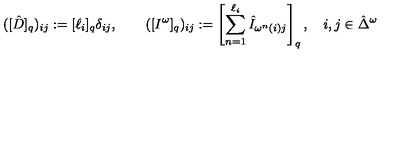
( [ \hat { D } ] _ { q } ) _ { i j } : = [ \ell _ { i } ] _ { q } \delta _ { i j } , \quad \quad ( [ I ^ { \omega } ] _ { q } ) _ { i j } : = \left[ \sum _ { n = 1 } ^ { \ell _ { i } } \hat { I } _ { \omega ^ { n } ( i ) j } \right] _ { q } , \quad i , j \in \hat { \Delta } ^ { \omega }